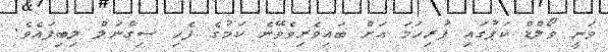
ވަނީ ވޯލްޑް ކަޕުގައި ފުރިހަމަ އަށް ބައިވެރިވެވޭނެ ކަމުގެ ފެހި ސިގްނަލް ލިބިފައެވެ.